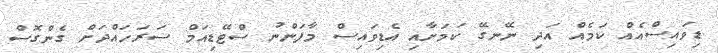
ޑިވައިސްއެއް ކަމެއް އަދި ނޭނގޭ ކަމަށާއި އެޑިވައިސް މާފަންނު ސްޓޭޑިއަމް ސަރަހައްދަށް ގެންގޮސް